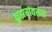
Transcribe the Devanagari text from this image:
क्रुझरांवरुन